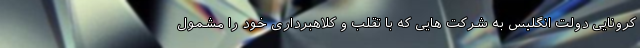
کرونایی دولت انگلیس به شرکت هایی که با تقلب و کلاهبرداری خود را مشمول